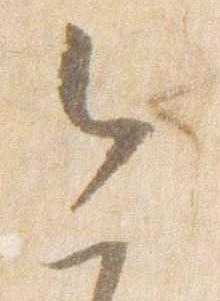
今